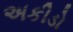
અકીડો